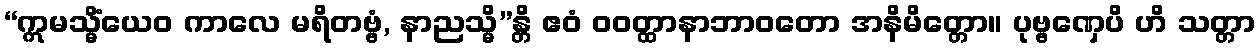
“ဣမသ္မိံယေဝ ကာလေ မရိတဗ္ဗံ, နာညသ္မိ”န္တိ ဧဝံ ဝဝတ္ထာနာဘာဝတော အနိမိတ္တော။ ပုဗ္ဗဏှေပိ ဟိ သတ္တာ